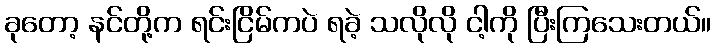
ခုတော့ နင်တို့က ရင်းငြိမ်ကပဲ ရခဲ့ သလိုလို ငါ့ကို ပြီးကြသေးတယ်။